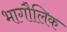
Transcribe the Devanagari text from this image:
भागौलिक